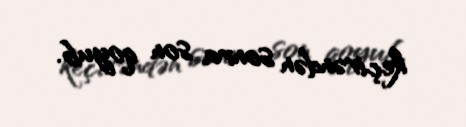
keçirəndən sonra son qoyub.